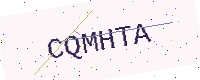
Text: CQMHTA